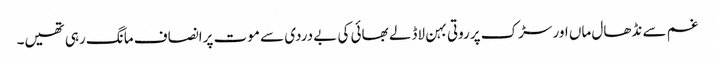
غم سے نڈھال ماں اور سڑک پرروتی بہن لاڈلے بھائی کی بے دردی سے موت پرانصاف مانگ رہی تھیں۔